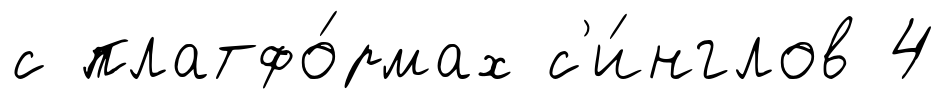
с платфо́рмах с'и́нглов 4